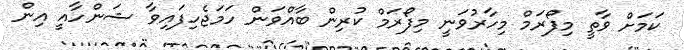
ކަމަށް ވާތީ މިފޯރަމް މިހާރުވަނީ މިފޯރަމް ކުރިން ބާއްވަން ހަމަޖެހިފައިވާ ޝަންހާއީ އިން